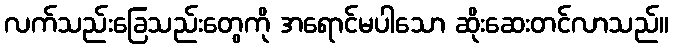
လက်သည်းခြေသည်းတွေကို အရောင်မပါသော ဆိုးဆေးတင်လာသည်။